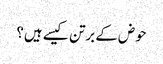
حوض کے برتن کیسے ہیں؟